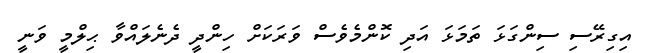
އިގިރޭސި ސިންގަޅަ ތަމަޅަ އަދި ކޮންމެވެސް ވަރަކަށް ހިންދީ ދެނެލައްވާ ޙިލްމީ ވަނީ